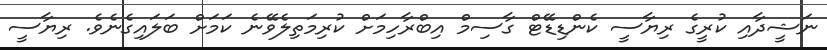
ނަޝީދާއި ކުރީގެ ރިޔާސީ ކެންޑިޑޭޓް ގާސިމް އިބްރާހިމަށް ކުރިމަތިލެވޭނެ ކަމަށް ބަލައިގެނެވެ. ރިޔާސީ